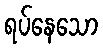
ရပ်နေသော